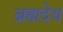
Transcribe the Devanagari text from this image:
ब्रह्मदेय